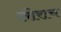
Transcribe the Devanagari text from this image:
लोराच